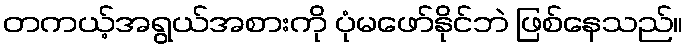
တကယ့်အရွယ်အစားကို ပုံမဖော်နိုင်ဘဲ ဖြစ်နေသည်။